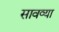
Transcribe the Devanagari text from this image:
सावव्या